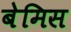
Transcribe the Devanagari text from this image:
बेमिस